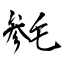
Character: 毵